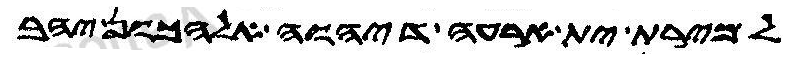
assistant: למירת ית ארעה דיהוה אלהכון יהב